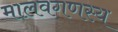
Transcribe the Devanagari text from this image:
मालवगणस्य